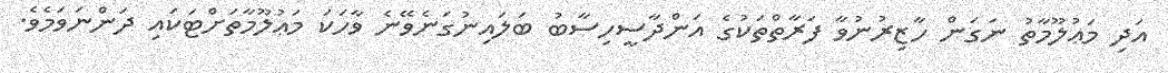
އަދި މަޢުލޫމާތު ނަގަން ހާޒިރުނުވާ ފަރާތްތަކުގެ އަންދާސީހިސާބު ބަލައިނުގަނެވޭނެ ވާހަކަ މަޢުލޫމާތަށްޓަކައި ދަންނަވަމެވެ.